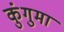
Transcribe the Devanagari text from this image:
कुंगुमा